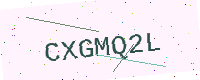
Text: CXGMQ2L